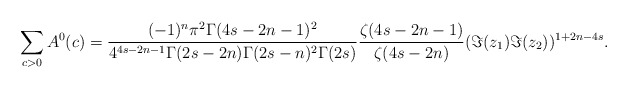
\begin{align*}\sum_{c>0}A^0(c)= \frac{(-1)^n \pi^2 \Gamma(4s-2n-1)^2}{4^{4s-2n-1} \Gamma(2s-2n) \Gamma(2s-n)^2 \Gamma(2s)}\frac{\zeta(4s-2n-1)}{\zeta(4s-2n)}(\Im (z_1)\Im (z_2))^{1+2n-4s}. \end{align*}